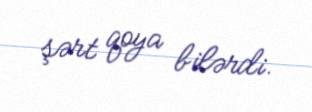
şərt qoya bilərdi.